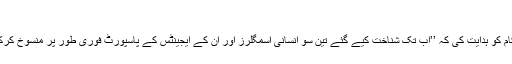
‘‘
انہوں نے ڈی جی پاسپورٹ، چئیرمین نادرا اور ایف آئی اے حکام کو ہدایت کی کہ ’’اب تک شناخت کیے گئے تین سو انسانی اسمگلرز اور ان کے ایجینٹس کے پاسپورٹ فوری طور پر منسوخ کرکے شناختی کارڈ بلاک اور بنک اکاؤنٹس منجمند کردیے جائیں۔